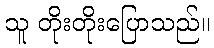
သူ တိုးတိုးပြောသည်။